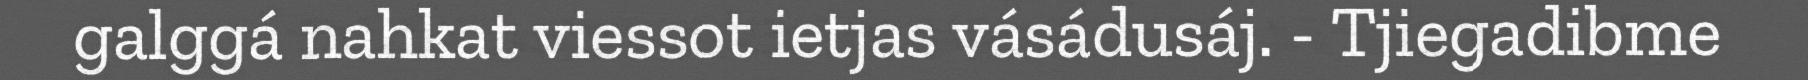
galggá nahkat viessot ietjas vásádusáj. - Tjiegadibme